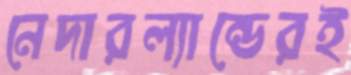
নেদারল্যান্ডেরই